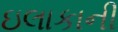
ઇલાકાની